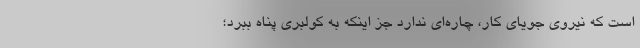
است که نیروی جویای کار، چاره‌ای ندارد جز اینکه به کولبری پناه ببرد؛